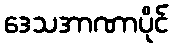
ဒေသအာဏာပိုင်